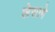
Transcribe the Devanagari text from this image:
लेसागे